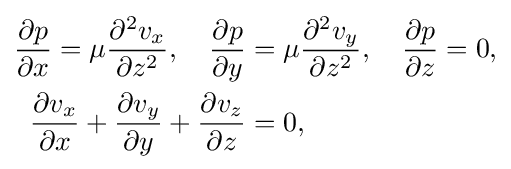
{\begin{aligned}{\frac {\partial p}{\partial x}}=\mu {\frac {\partial ^{2}v_{x}}{\partial z^{2}}},\quad {\frac {\partial p}{\partial y}}&=\mu {\frac {\partial ^{2}v_{y}}{\partial z^{2}}},\quad {\frac {\partial p}{\partial z}}=0,\\{\frac {\partial v_{x}}{\partial x}}+{\frac {\partial v_{y}}{\partial y}}+{\frac {\partial v_{z}}{\partial z}}&=0,\\\end{aligned}}